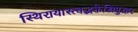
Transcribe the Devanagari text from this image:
स्थिरायास्त्वद्भक्तेस्त्रिपुरहर